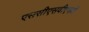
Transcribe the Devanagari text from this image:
एससीएसवीएमवी